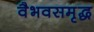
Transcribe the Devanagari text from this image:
वैभवसमृद्ध